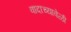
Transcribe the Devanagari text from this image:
वादाच्यावेळी